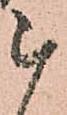
被